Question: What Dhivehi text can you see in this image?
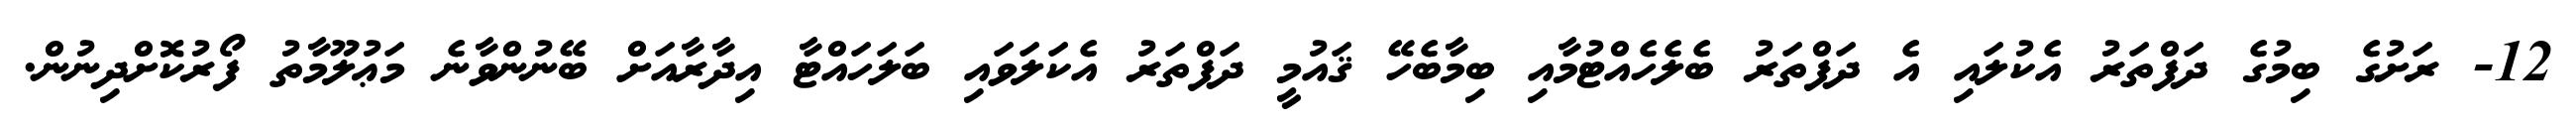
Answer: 12- ރަށުގެ ބިމުގެ ދަފްތަރު އެކުލައި އެ ދަފްތަރު ބެލެހެއްޓުމާއި ބިމާބެހޭ ޤައުމީ ދަފްތަރު އެކަލަވައި ބަލަހައްޓާ އިދާރާއަށް ބޭނުންވާނެ މަޢުލޫމާތު ފޯރުކޮށްދިނުން.